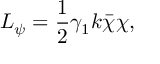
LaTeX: { \cal L } _ { \psi } = \frac { 1 } { 2 } \gamma _ { 1 } k \bar { \chi } \chi ,